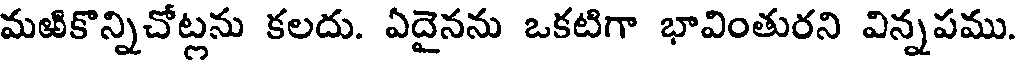
మఱికొన్నిచోట్లను కలదు. ఏదైనను ఒకటిగా భావింతురని విన్నపము.